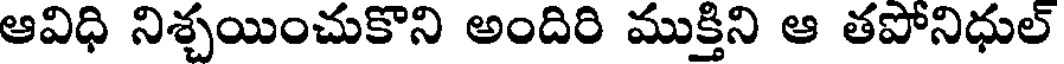
ఆవిధి నిశ్చయించుకొని అందిరి ముక్తిని ఆ తపోనిధుల్